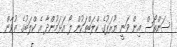
ސަންތޯސް އިން ވަނީ ޔޫރަޕުގެ ކްލަބްތަކުން ލޯ އަޅަމުންދާ އެ ކްލަބުގެ ޒުވާން